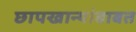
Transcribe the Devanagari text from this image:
छापखान्यांबाबत